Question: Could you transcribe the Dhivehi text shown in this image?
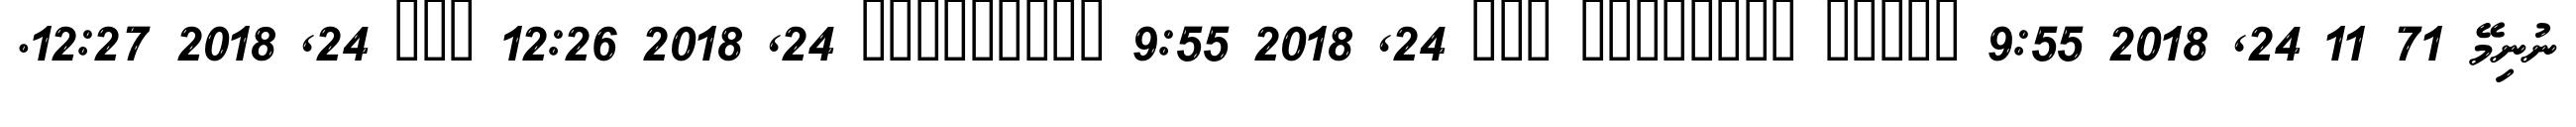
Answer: ނުނިމޭ 71 11 24, 2018 9:55 ????? ???????? ??? 24, 2018 9:55 ????????? 24, 2018 12:26 ??? 24, 2018 12:27.